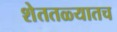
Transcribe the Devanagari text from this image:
शेततळ्यातच